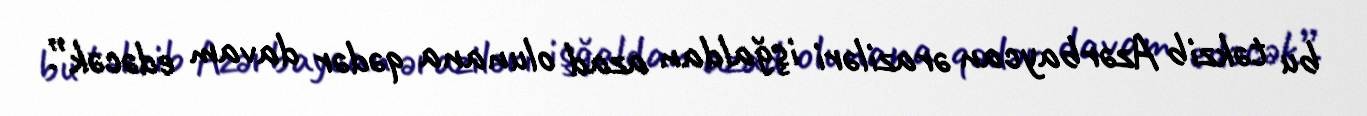
bu təkzib Azərbaycan əraziləri işğaldan azad olunana qədər davam edəcək”.